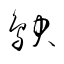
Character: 鴃